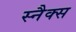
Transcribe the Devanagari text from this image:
स्‍नैक्‍स